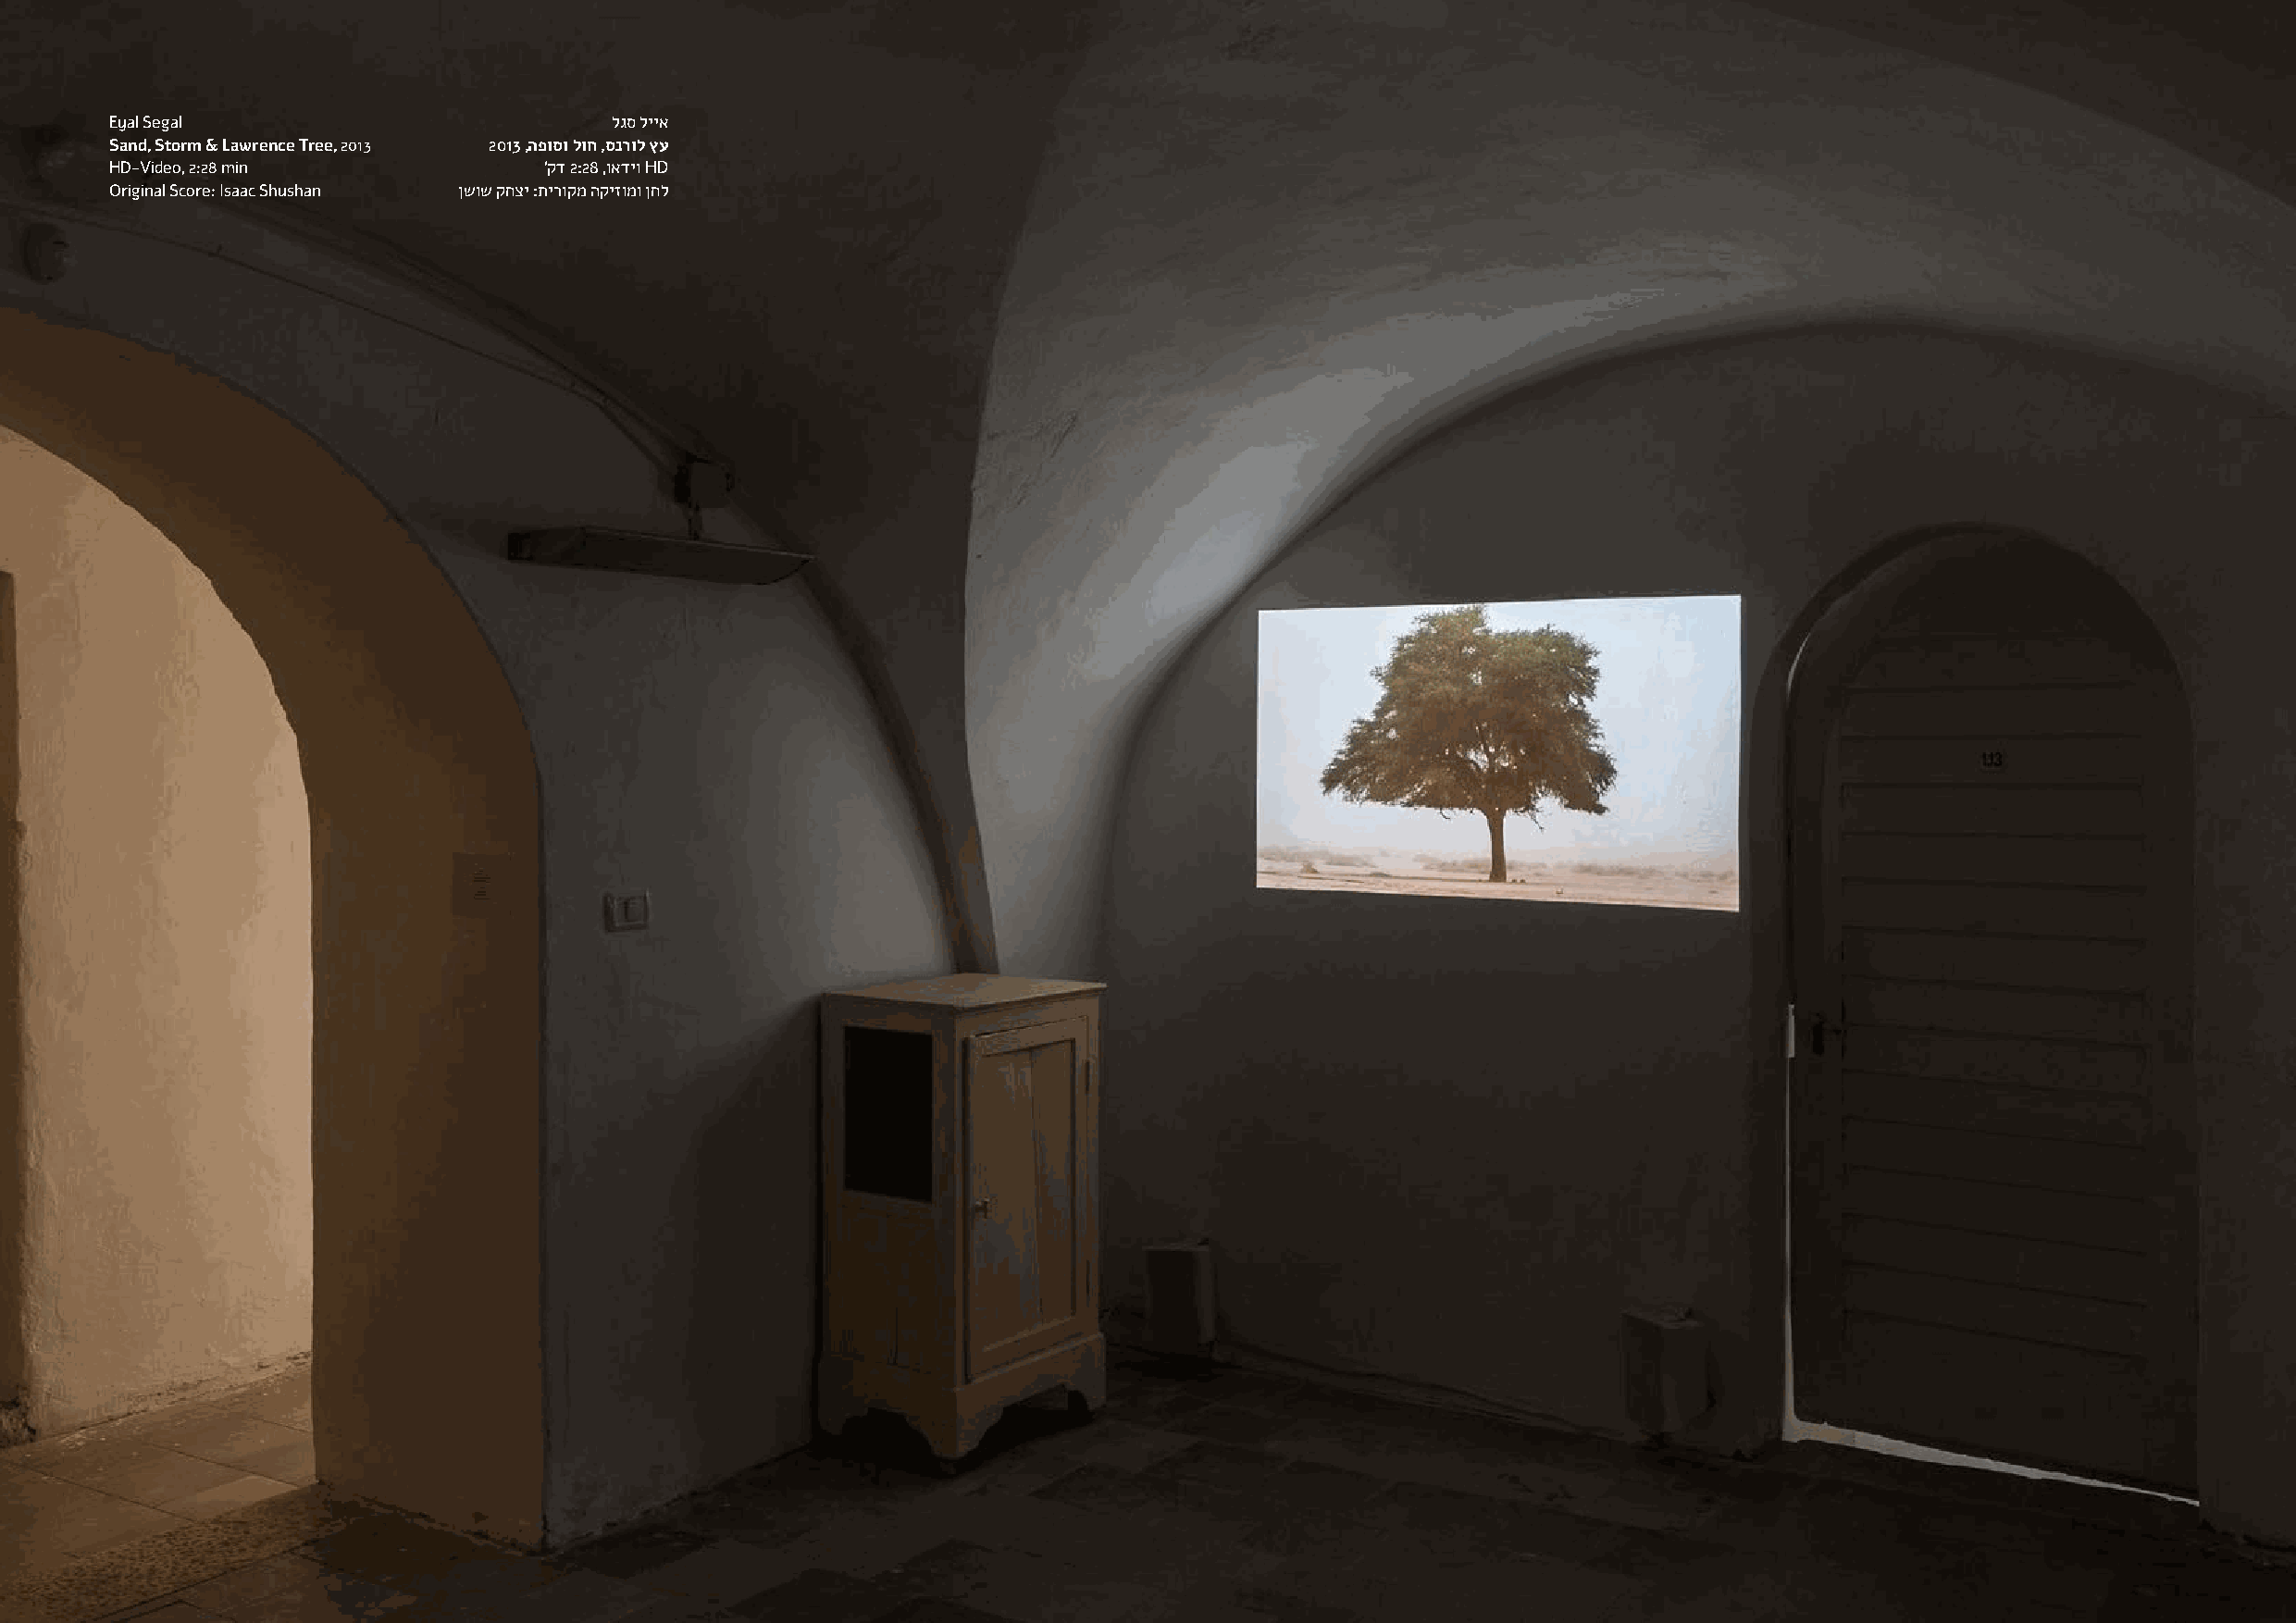
Eyal Segal                          לגס לייא
 Sand, Storm & Lawrence Tree, 2013 2013 ,הפוסו לוח ,סנרול ץע
 HD-Video, 2:28 min             ’קד 2:28 ,ואדיו HD
 Original Score: Isaac Shushan ןשוש קחצי :תירוקמ הקיזומו ןחל